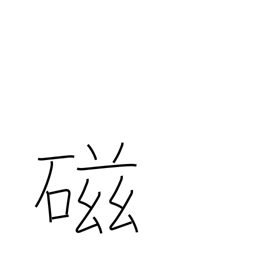
Meaning: porcelain